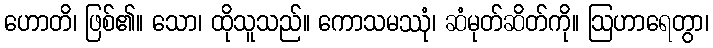
ဟောတိ၊ ဖြစ်၏။ သော၊ ထိုသူသည်။ ကောသမဿုံ၊ ဆံမုတ်ဆိတ်ကို။ ဩဟာရေတွာ၊